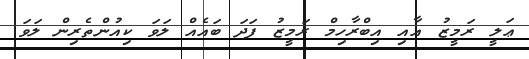
ޢަލީ ރަމީޒު އާއި އިބްރާހިމް ރަމީޒު ފަދަ ބައެއް ލަވަ ކިއުންތެރިން ލަވަ